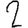
Digit: 2